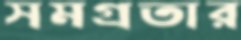
সমগ্রতার